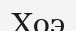
Хоэ